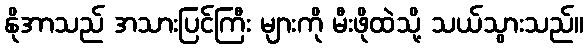
နိုအာသည် အသားပြင်ကြီး များကို မီးဖိုထဲသို့ သယ်သွားသည်။